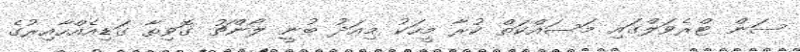
ސަން ޓްރެވަލްގައި މަސައްކަތް ކުރާ މީހަކު މިއަދު ބުނީ ލޯންޗު ގޮވިތާ ގަޑިއެއްހާއިރުގެ